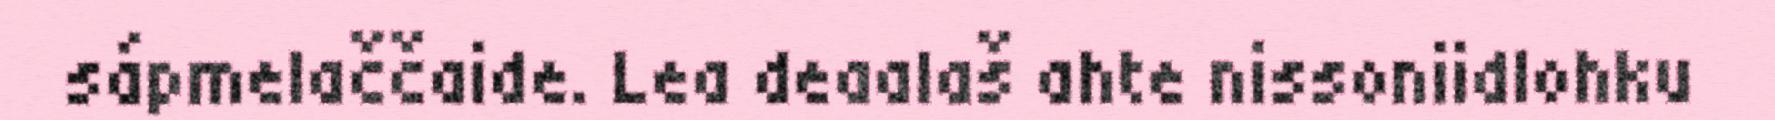
sápmelaččaide. Lea deaalaš ahte nissoniidlohku